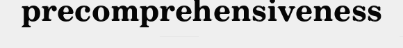
precomprehensiveness